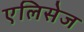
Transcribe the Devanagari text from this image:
एलिसेज